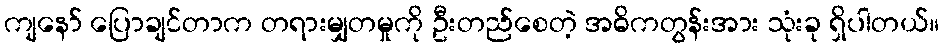
ကျနော် ပြောချင်တာက တရားမျှတမှုကို ဦးတည်စေတဲ့ အဓိကတွန်းအား သုံးခု ရှိပါတယ်။